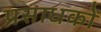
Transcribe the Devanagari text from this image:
प्रसाधकों